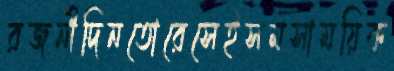
রজনীদিনতোরেসেইসমসাময়িক